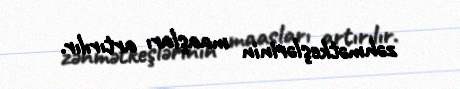
zəhmətkeşlərinin maaşları artırılır.